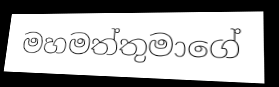
මහමත්තුමාගේ